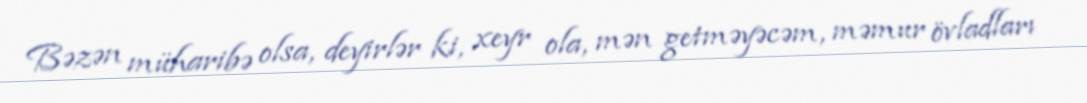
Bəzən müharibə olsa, deyirlər ki, xeyr ola, mən getməyəcəm, məmur övladları